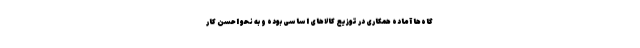
گاه‌ها آماده همکاری در توزیع کالاهای اساسی بوده و به نحو احسن کار